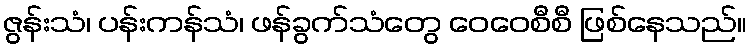
ဇွန်းသံ၊ ပန်းကန်သံ၊ ဖန်ခွက်သံတွေ ဝေဝေစီစီ ဖြစ်နေသည်။